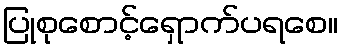
ပြုစုစောင့်ရှောက်ပရစေ။